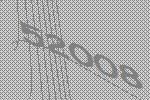
52008